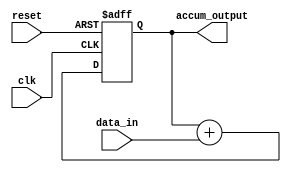
module simple_accumulator(
    input wire clk,
    input wire reset,
    input wire [31:0] data_in,
    output reg [31:0] accum_output
);

reg [31:0] accumulator;

always @(posedge clk or posedge reset) begin
    if (reset) begin
        accumulator <= 32'd0;
    end else begin
        accumulator <= accumulator + data_in;
    end
end

assign accum_output = accumulator;

endmodule